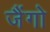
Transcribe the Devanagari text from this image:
जैंगो